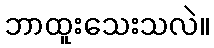
ဘာထူးသေးသလဲ။